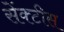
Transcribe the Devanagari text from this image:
सेंक्टीस